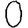
Digit: 0